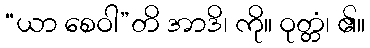
“ယာ စေဝါ”တိ အာဒိ၊ ကို။ ဝုတ္တံ၊ ၏။